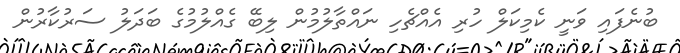
ބުނެފައި ވަނީ ކެމިކަލް ހުރި އެއްޗެހި ނައްތާލުމުން ލިބޭ ގެއްލުމުގެ ބަދަލު ސަރުކާރުން